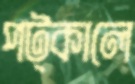
পট্‌কালে